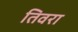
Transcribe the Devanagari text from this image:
तिवरा